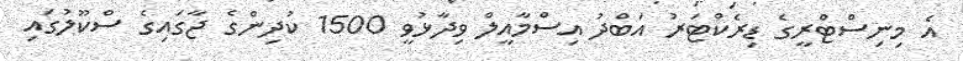
އެ މިނިސްޓްރީގެ ޑިރެކްޓަރު އަބްދު އިސްމާއީލް ވިދާޅުވީ 1500 ކުދިންގެ ޖާގައިގެ ސްކޫލުގައި